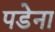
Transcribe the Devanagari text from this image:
पडेना